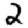
Digit: 2